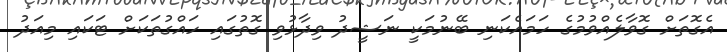
އެގޮތަށް ގޮވާލެއްވުމުގެ ހަމައެކަނި ބޭނުމަކީ ނަޝީދު ވިދާޅުވި ގޮތުގައި ހައްގުތަކަށް ޓަކައި މިއަދު